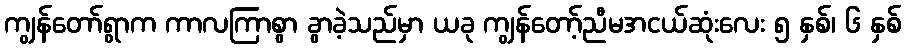
ကျွန်တော်ရွာက ကာလကြာစွာ ခွာခဲ့သည်မှာ ယခု ကျွန်တော့်ညီမအငယ်ဆုံးလေး ၅ နှစ်၊ ၆ နှစ်